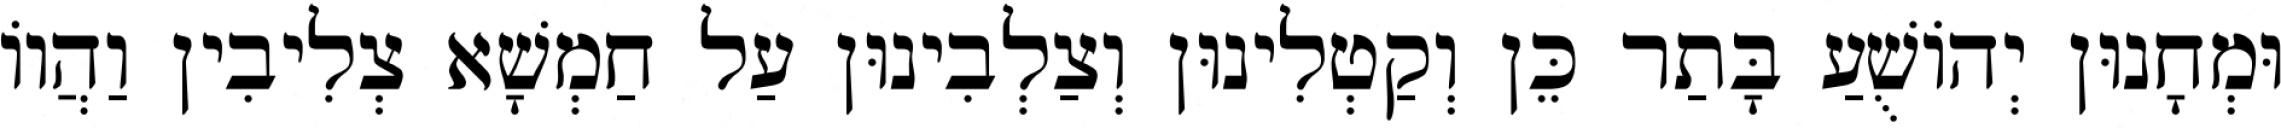
וּמְחָנוּן יְהוֹשֻׁעַ בָּתַר כֵּן וְקַטְלִינוּן וְצַלְבִינוּן עַל חַמְשָׁא צְלִיבִין וַהֲווֹ